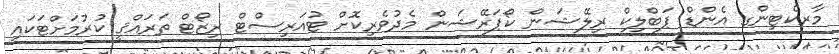
މާރކެޓިންގ އެންޑް ޕަބްލިކް ރިލޭޝަން ކޯޕަރޭޝަން މެދުވެރިކޮށް ޓުއަރިސްޓް ރިޒޯޓް ތަރައްޤީ ކުރުމަށްޓަކައި